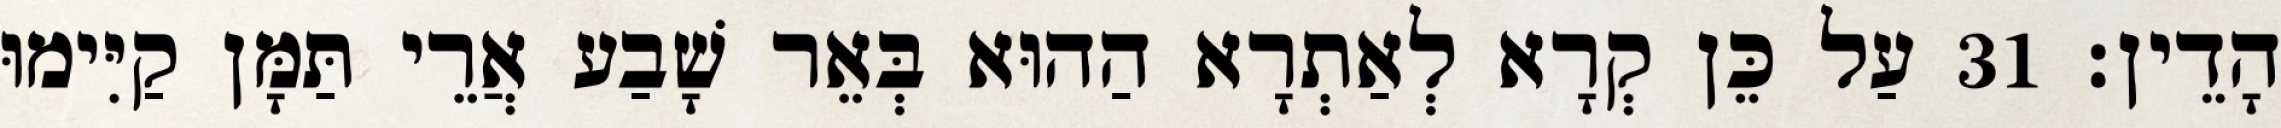
הָדֵין׃ 31 עַל כֵּן קְרָא לְאַתְרָא הַהוּא בְּאֵר שָׁבַע אֲרֵי תַּמָּן קַיִּימוּ